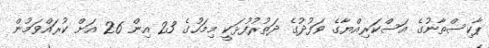
ޕާކިސްތާނުގެ އަސްކަރިއްޔާގެ ވަފުދުގެ ދަތުރުފުޅަކީ މިމަހުގެ 23 އިން 26 އަށް ކުރައްވަމުން